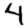
Digit: 4